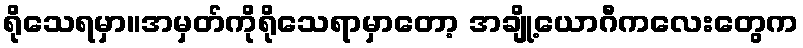
ရိုသေရမှာ။အမှတ်ကိုရိုသေရာမှာတော့ အချို့ယောဂီကလေးတွေက